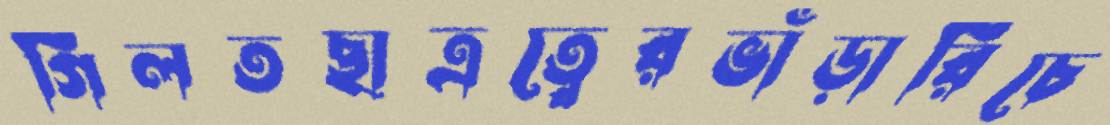
গিলতছাত্রত্বেরভাঁড়ারিচে